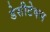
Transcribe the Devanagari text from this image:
डेसीटेक्स